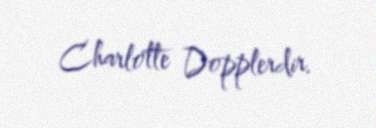
Charlotte Dopplerdir.